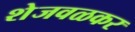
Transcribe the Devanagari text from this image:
शेजवळकर